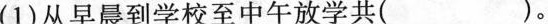
(1)从早晨到学校至中午放学共( )。